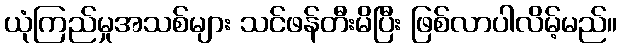
ယုံကြည်မှုအသစ်များ သင်ဖန်တီးမိပြီး ဖြစ်လာပါလိမ့်မည်။